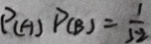
P ( A ) P ( B ) = \frac { 1 } { 5 2 }